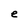
Character: e